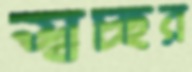
স্বচ্ছর